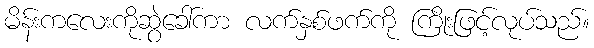
မိန်းကလေးကိုဆွဲခေါ်ကာ လက်နှစ်ဖက်ကို ကြိုးဖြင့်လုပ်သည်။